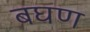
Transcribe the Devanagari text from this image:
बघण